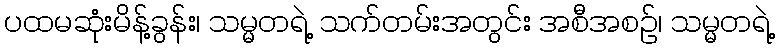
ပထမဆုံးမိန့်ခွန်း၊ သမ္မတရဲ့ သက်တမ်းအတွင်း အစီအစဉ်၊ သမ္မတရဲ့